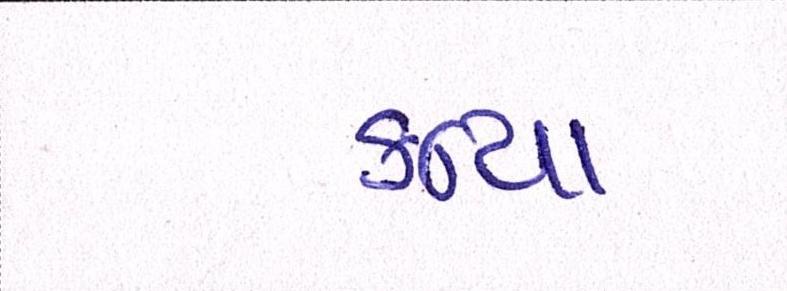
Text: કન્યા